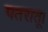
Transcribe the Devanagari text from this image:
पतरातू।